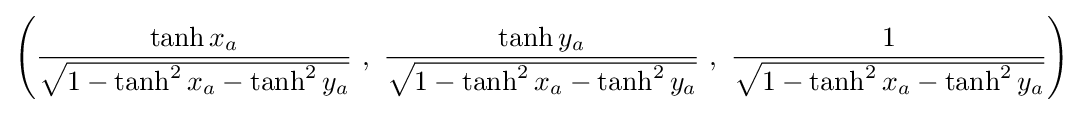
\left({\frac {\tanh x_{a}}{\sqrt {1-\tanh ^{2}x_{a}-\tanh ^{2}y_{a}}}}\ ,\ {\frac {\tanh y_{a}}{\sqrt {1-\tanh ^{2}x_{a}-\tanh ^{2}y_{a}}}}\ ,\ {\frac {1}{\sqrt {1-\tanh ^{2}x_{a}-\tanh ^{2}y_{a}}}}\right)